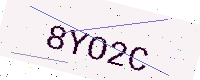
Text: 8YO2C